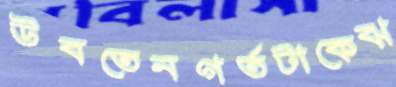
উবতেনগর্তটাকেঝ